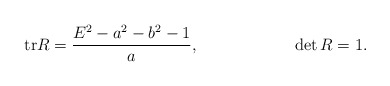
\begin{align*}\mathrm{tr}R &= \frac{E^2 - a^2 - b^2 - 1}{a}, &\det R &= 1.\end{align*}